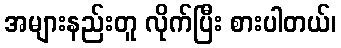
အများနည်းတူ လိုက်ပြီး စားပါတယ်၊